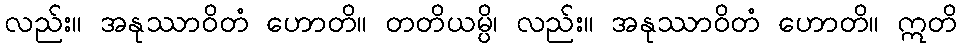
လည်း။ အနုဿာဝိတံ ဟောတိ။ တတိယမ္ပိ၊ လည်း။ အနုဿာဝိတံ ဟောတိ။ ဣတိ